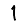
Digit: 1